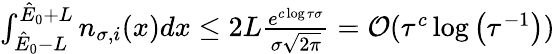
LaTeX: \begin{array}{r}{\int_{\hat{E}_{0}-L}^{\hat{E}_{0}+L}n_{\sigma,i}(x)dx\leq 2L\frac{e^{c\log{\tau\sigma}}}{\sigma\sqrt{2\pi}}=\mathcal{O}(\tau^{c}\log\left(\tau^{-1}\right))}\end{array}